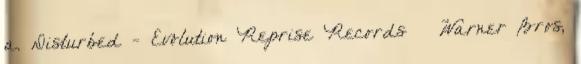
a. Disturbed - Evolution Reprise Records Warner Bros,